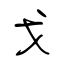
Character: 戈